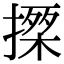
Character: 𢵍